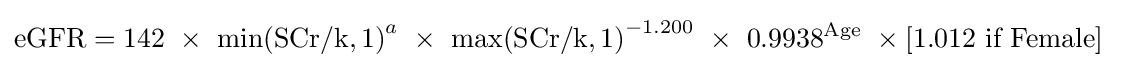
\mathrm {eGFR} =142\ \times \ \mathrm {\min(SCr/k,1)} ^{a}\ \times \ \mathrm {\max(SCr/k,1)} ^{-1.200}\ \times \ 0.9938^{\text{Age}}\ \times {\text{[1.012 if Female]}}\